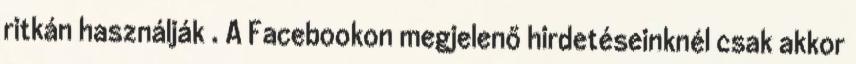
ritkán használják . A Facebookon megjelenő hirdetéseinknél csak akkor